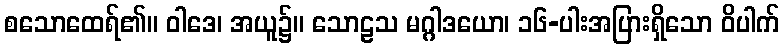
စသောထေရ်၏။ ဝါဒေ၊ အယူ၌။ သောဠသ မဂ္ဂါဒယော၊ ၁၆-ပါးအပြားရှိသော ဝိပါက်